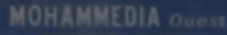
MOHAMMEDIA Ouest